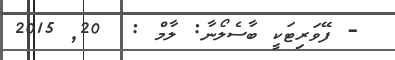
- ފޭވަރިޓަކީ ބާސެލޯނާ: ލާމް :  20